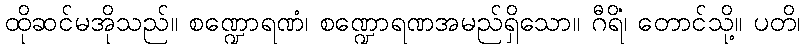
ထိုဆင်မအိုသည်။ စဏ္ဍောရဏံ၊ စဏ္ဍောရဏအမည်ရှိသော။ ဂီရိံ၊ တောင်သို့။ ပတိ၊